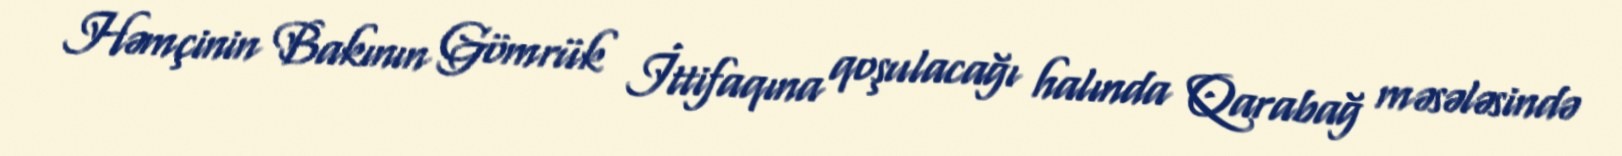
Həmçinin Bakının Gömrük İttifaqına qoşulacağı halında Qarabağ məsələsində